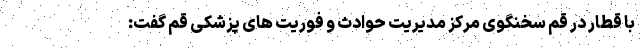
با قطار در قم سخنگوی مرکز مدیریت حوادث و فوریت های پزشکی قم گفت: